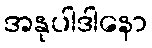
အနုပါဒါနော